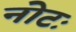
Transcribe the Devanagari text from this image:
नोटः